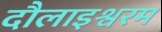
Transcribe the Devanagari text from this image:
दौलाइश्वरम